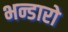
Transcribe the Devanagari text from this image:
भन्डारो